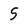
Character: 5